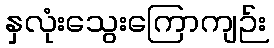
နှလုံးသွေးကြောကျဉ်း